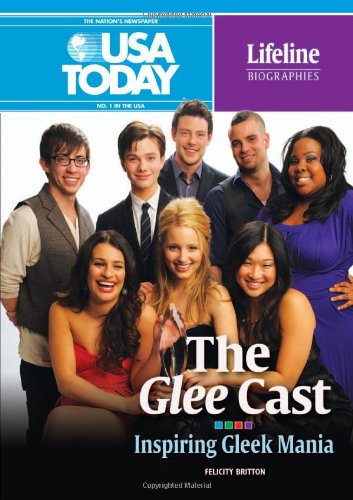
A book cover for The Glee Cast: Inspiring Gleek Mania (USA Today Lifeline Biographies); Felicity Britton; Teen & Young Adult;